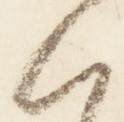
朝